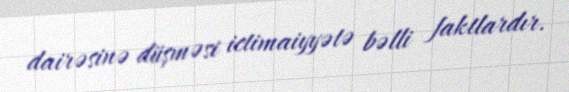
dairəsinə düşməsi ictimaiyyətə bəlli faktlardır.